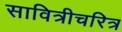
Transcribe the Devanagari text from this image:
सावित्रीचरित्र